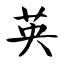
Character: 英